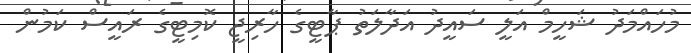
މުހައްމަދު ޝަހީމް އަލީ ސައީދު އަދާލަތު ޕާޓީގެ ހާރިޖީ ކޮމިޓީގެ ރައީސް ކަމުން